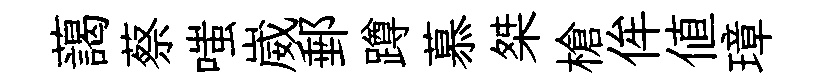
藹蔡嗤崴郵蹲慕桀槍侔値璋